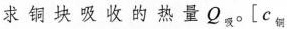
求铜块吸收的热量Q_{吸}。[c_{铜}